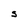
Character: s